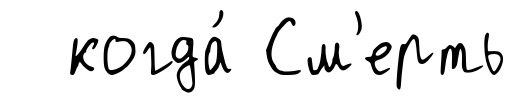
когда́ См'ерть